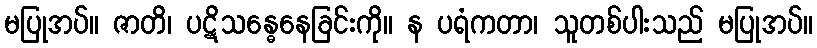
မပြုအပ်။ ဇာတိ၊ ပဋိသန္ဓေနေခြင်းကို။ န ပရံကတာ၊ သူတစ်ပါးသည် မပြုအပ်။